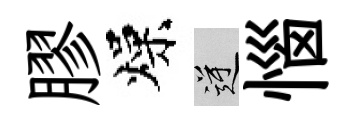
膠燥逆惱